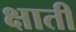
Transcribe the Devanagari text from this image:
क्षाती